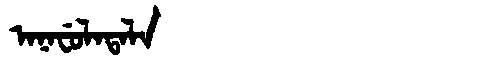
Manchu: ᠠᠨᠠᠸᡠᠯᠠᡨᠠᠯᠠ
Romanization: ANAFULATALA